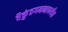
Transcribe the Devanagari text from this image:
वैकुंठगमनापर्यंचा